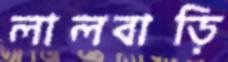
লালবাড়ি